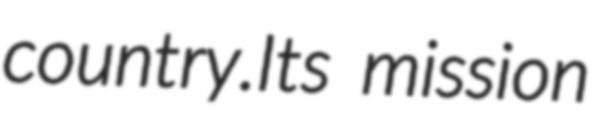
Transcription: country.Its mission